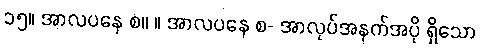
၁၅။ အာလပနေ စ။ ။ အာလပနေ စ- အာလုပ်အနက်အပို ရှိသော